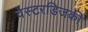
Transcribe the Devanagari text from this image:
वेस्टरडिजकी